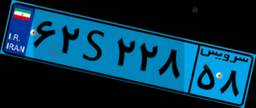
۰۴S۴۷۸۳۴